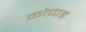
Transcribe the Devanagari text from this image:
कोप्पड